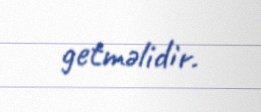
getməlidir.